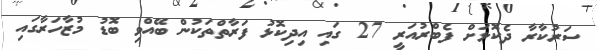
ސަރުކާރާ ދެކޮޅަށް ފެބްރުއަރީ 27 ގައި އިދިކޮޅު ފަރާތްތަކުން ބޭއްވި ބޮޑު މުޒާހަރާގައި